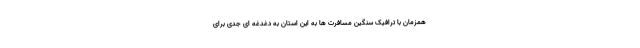
همزمان با ترافیک سنگین مسافرت ها به این استان به دغدغه ای جدی برای